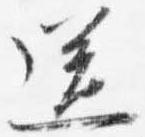
送